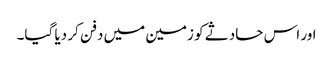
اور اس حادثے کو زمین میں دفن کر دیا گیا۔